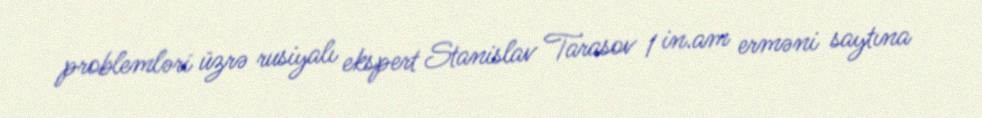
problemləri üzrə rusiyalı ekspert Stanislav Tarasov 1 in.am erməni saytına